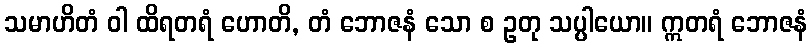
သမာဟိတံ ဝါ ထိရတရံ ဟောတိ, တံ ဘောဇနံ သော စ ဥတု သပ္ပါယော။ ဣတရံ ဘောဇနံ